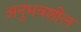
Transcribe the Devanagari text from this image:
अनुभवशील